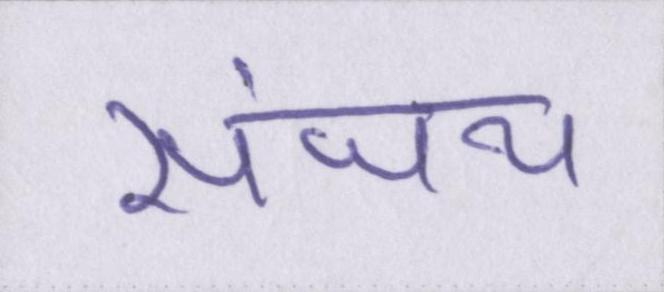
संजय